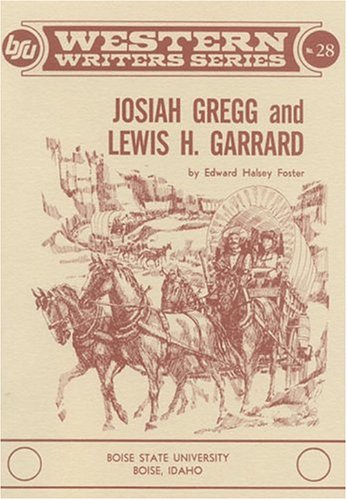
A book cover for Josiah Gregg and Lewis H. Garrard (Boise State University Western Writers Series); Edward Halsey Foster; Travel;